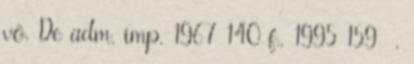
vö. De adm. imp. 1967 140 f., 1995 159 .